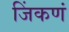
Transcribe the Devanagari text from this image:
जिंकणं